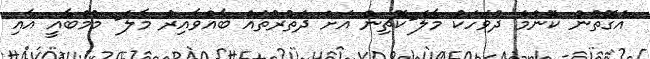
އެގޮތުން ކޮންމެ ދުވަހަކު މާލެ-ކޮޗިން އަށް ދަތުރުތައް ބާއްވާއިރު މާލެ- މުމްބާއީ އާއި